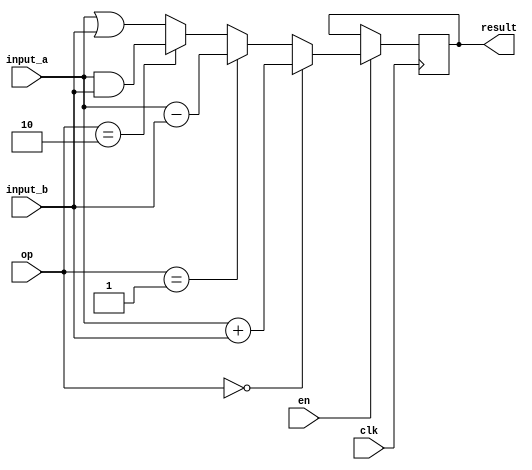
`timescale 1ns / 1ps

module alu(
    input [31:0] input_a,
    input [31:0] input_b,
    input [1:0] op,
    input clk,
    input en,
    output reg [31:0] result
);

    wire [31:0] temp_result;

    assign temp_result = (op == 2'd0) ? (input_a + input_b) :
                         (op == 2'd1) ? (input_a - input_b) :
                         (op == 2'd2) ? (input_a & input_b) :
                                        (input_a | input_b);

    always @(posedge clk) begin
        if (en == 1'b1) begin
            result <= temp_result;
        end
        else begin
            result <= result;
        end
    end

endmodule